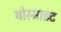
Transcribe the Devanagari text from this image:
योस्माइट